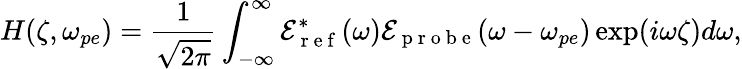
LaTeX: H(\zeta,\omega_{pe})=\frac{1}{\sqrt{2\pi}}\int_{-\infty}^{\infty}\mathcal{E}_{\mathrm{~r~e~f~}}^{*}(\omega)\mathcal{E}_{\mathrm{~p~r~o~b~e~}}(\omega-\omega_{pe})\exp(i\omega\zeta)d\omega,